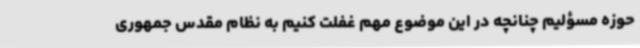
حوزه مسؤلیم چنانچه در این موضوع مهم غفلت کنیم به نظام مقدس جمهوری